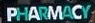
PHARMACY